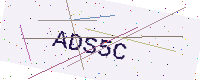
Text: ADS5C